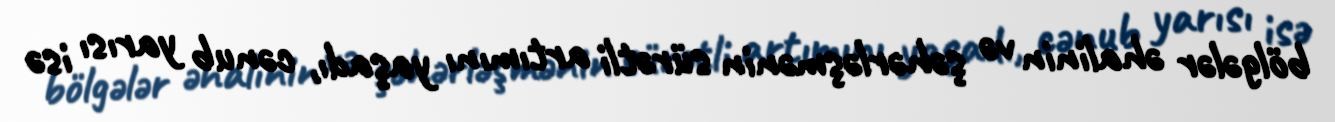
bölgələr əhalinin və şəhərləşmənin sürətli artımını yaşadı, cənub yarısı isə